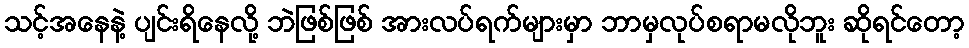
သင့်အနေနဲ့ ပျင်းရိနေလို့ ဘဲဖြစ်ဖြစ် အားလပ်ရက်များမှာ ဘာမှလုပ်စရာမလိုဘူး ဆိုရင်တော့